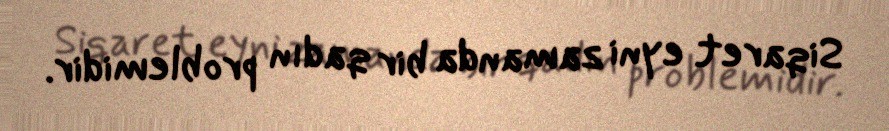
Siqaret eyni zamanda bir qadın problemidir.